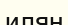
илян